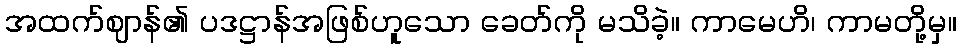
အထက်ဈာန်၏ ပဒဋ္ဌာန်အဖြစ်ဟူသော ခေတ်ကို မသိခဲ့။ ကာမေဟိ၊ ကာမတို့မှ။